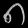
Digit: ၈